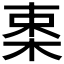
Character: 𣒛